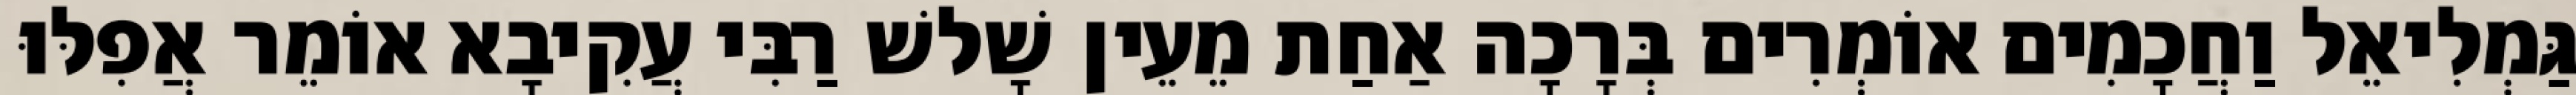
גַּמְלִיאֵל וַחֲכָמִים אוֹמְרִים בְּרָכָה אַחַת מֵעֵין שָׁלשׁ רַבִּי עֲקִיבָא אוֹמֵר אֲפִלּוּ